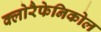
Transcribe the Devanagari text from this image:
क्लोरैफेनिकोल